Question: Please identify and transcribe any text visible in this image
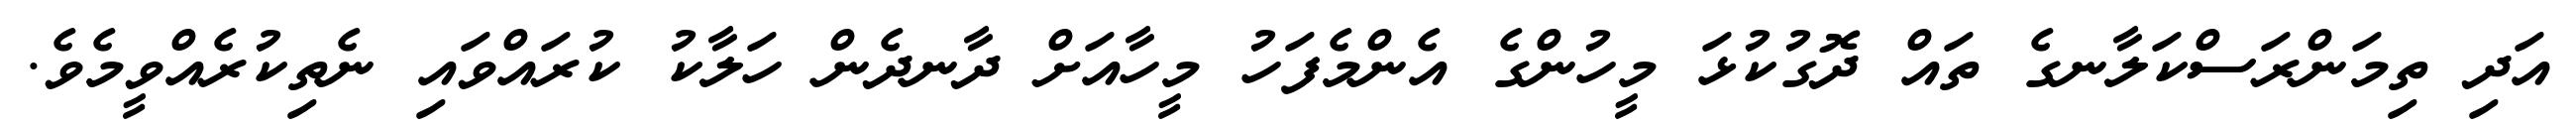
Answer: އަދި ތިމަންރަސްކަލާނގެ ތައް ދޮގުކުޅަ މީހުންގެ އެންމެފަހު މީހާއަށް ދާނދެން ހަލާކު ކުރައްވައި ނެތިކުރެއްވީމެވެ.